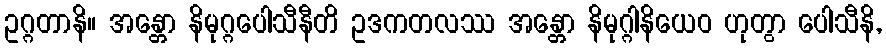
ဥဂ္ဂတာနိ။ အန္တော နိမုဂ္ဂပေါသီနီတိ ဥဒကတလဿ အန္တော နိမုဂ္ဂါနိယေဝ ဟုတွာ ပေါသီနိ,